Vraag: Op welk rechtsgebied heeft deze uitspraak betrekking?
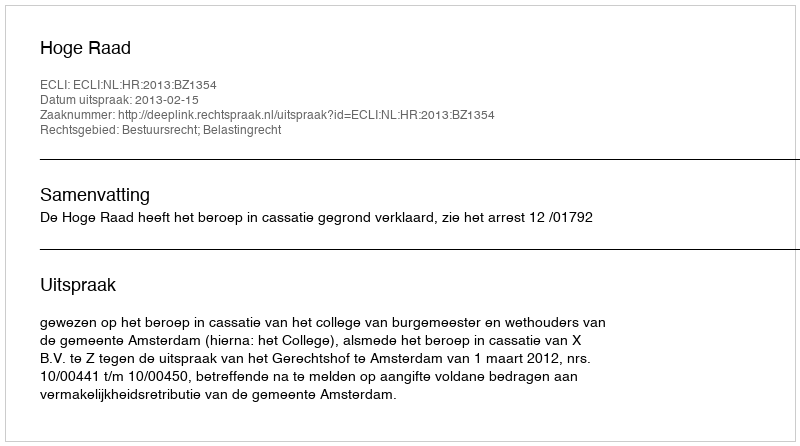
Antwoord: Bestuursrecht; Belastingrecht